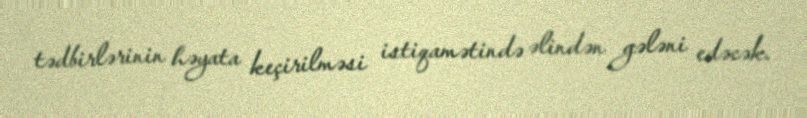
tədbirlərinin həyata keçirilməsi istiqamətində əlindən gələni edəcək.